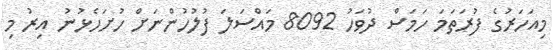
މިއަހަރުގެ ފުރަތަމަ ހަމަސް ދުވަހު 8092 މައްސަލަ ފުލުހުންނަށް ހުށަހެޅުނު އިރު މި